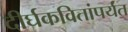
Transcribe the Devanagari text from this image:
दीर्घकवितांपर्यंत